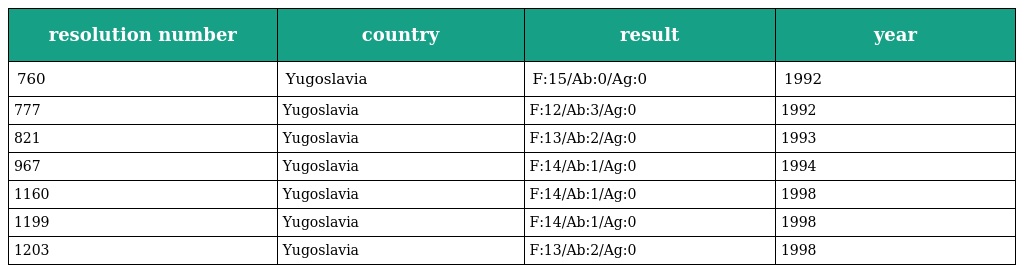
| resolution number | country | result | year |
 | --- | --- | --- | --- |
 | 760 | Yugoslavia | F:15/Ab:0/Ag:0 | 1992 |
 | 777 | Yugoslavia | F:12/Ab:3/Ag:0 | 1992 |
 | 821 | Yugoslavia | F:13/Ab:2/Ag:0 | 1993 |
 | 967 | Yugoslavia | F:14/Ab:1/Ag:0 | 1994 |
 | 1160 | Yugoslavia | F:14/Ab:1/Ag:0 | 1998 |
 | 1199 | Yugoslavia | F:14/Ab:1/Ag:0 | 1998 |
 | 1203 | Yugoslavia | F:13/Ab:2/Ag:0 | 1998 |